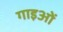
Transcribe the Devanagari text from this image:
गाइओं